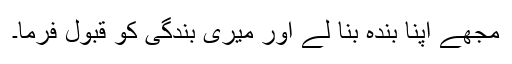
مجھے اپنا بندہ بنا لے اور میری بندگی کو قبول فرما۔